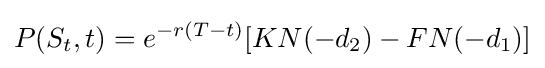
P(S_{t},t)=e^{-r(T-t)}[KN(-d_{2})-FN(-d_{1})]